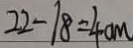
2 2 - 1 8 = 4 c m